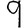
Digit: 9